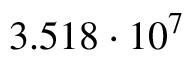
3 . 5 1 8 \cdot 1 0 ^ { 7 }